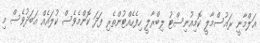
ޢަލްމާނީ ރައުސްމާލީ ކޮމިއުނިސްޓު ލިބްރާލީ ހިފެހެއްޓުންތެރި ފަދަ ކޮންމެވެސް ކުލައެއް އަބަދުވެސް މި